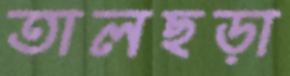
তালছড়া